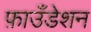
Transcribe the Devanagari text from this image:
फ़ाउँडेशन